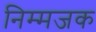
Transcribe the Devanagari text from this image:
निम्मजक